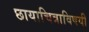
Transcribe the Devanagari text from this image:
छायाचित्राविषयी